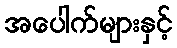
အပေါက်များနှင့်